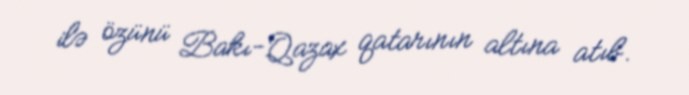
ilə özünü Bakı-Qazax qatarının altına atıb.